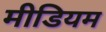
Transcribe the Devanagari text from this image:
मीडियम